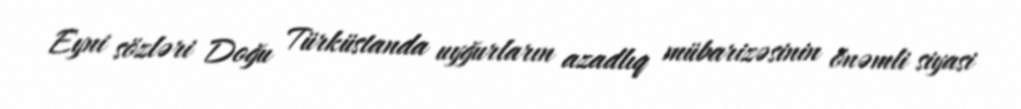
Eyni sözləri Doğu Türküstanda uyğurların azadlıq mübarizəsinin önəmli siyasi